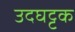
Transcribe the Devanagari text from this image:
उदघट्टक